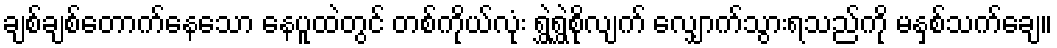
ချစ်ချစ်တောက်နေသော နေပူထဲတွင် တစ်ကိုယ်လုံး ရွှဲရွှဲစိုလျက် လျှောက်သွားရသည်ကို မနှစ်သက်ချေ။